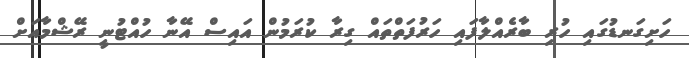
ހަށިގަނޑުގައި ހުރި ބާރެއްލާފައި ހަރުފަތްތައް ގިރާ ކުރަމުން އައިސް އޭނާ ހުއްޓުނީ ރޭޝްމާއަށް